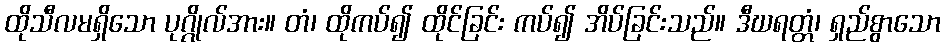
ထိုသီလမရှိသော ပုဂ္ဂိုလ်အား။ တံ၊ ထိုကပ်၍ ထိုင်ခြင်း ကပ်၍ အိပ်ခြင်းသည်။ ဒီဃရတ္တံ၊ ရှည်စွာသော